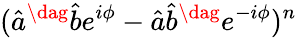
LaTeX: (\hat{a}^{\dag}\hat{b}e^{i\phi}-\hat{a}\hat{b}^{\dag}e^{-i\phi})^{n}